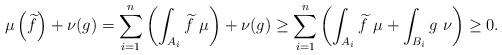
LaTeX: \begin{align*} \mu\left(\widetilde f\right) + \nu(g) = \sum_{i=1}^n\left(\int_{A_i}\widetilde f\ \mu\right) +\nu(g) \ge \sum_{i=1}^n\left(\int_{A_i}\widetilde f\ \mu+\int_{B_i} g\ \nu\right) \ge 0.\end{align*}